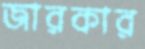
জারকার